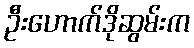
ဦးဟောက်ဒိုဆွမ်းက